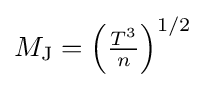
{\textstyle M_{\text{J}}=\left({\frac {T^{3}}{n}}\right)^{1/2}}